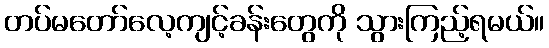
တပ်မတော်လေ့ကျင့်ခန်းတွေကို သွားကြည့်ရမယ်။